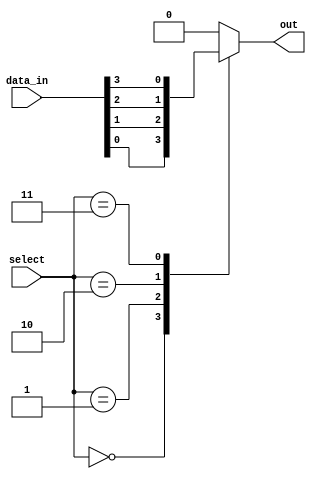
module mux_32_1 (
    input [31:0] data_in,
    input [4:0] select,
    output reg out
);

always @(*) begin
    case (select)
        5'b00000: out = data_in[0];
        5'b00001: out = data_in[1];
        5'b00010: out = data_in[2];
        5'b00011: out = data_in[3];
        // Continue for all 32 input ports
        default: out = 0; // Default case, output 0 if select is not within range
    endcase
end

endmodule